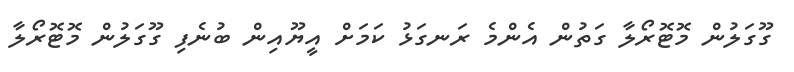
ގޫގަލުން މޮޓޮރޯލާ ގަތުން އެންމެ ރަނގަޅު ކަމަށް އީޔޫއިން ބުނެފި ގޫގަލުން މޮޓޮރޯލާ